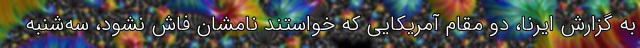
به گزارش ایرنا، دو مقام آمریکایی که خواستند نامشان فاش نشود، سه‌شنبه